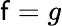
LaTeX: \mathsf{f}=g